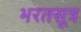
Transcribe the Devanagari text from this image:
भरतसूत्र